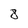
Character: 8